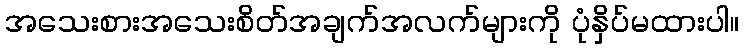
အသေးစားအသေးစိတ်အချက်အလက်များကို ပုံနှိပ်မထားပါ။